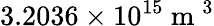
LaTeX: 3.2036\times 10^{15}\mathrm{~m~}^{3}